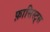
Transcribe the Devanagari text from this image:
फ़ासिस्ट्स